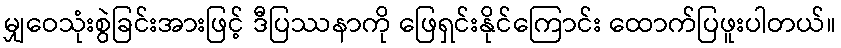
မျှဝေသုံးစွဲခြင်းအားဖြင့် ဒီပြဿနာကို ဖြေရှင်းနိုင်ကြောင်း ထောက်ပြဖူးပါတယ်။